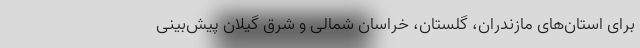
برای استان‌های مازندران، گلستان، خراسان شمالی و شرق گیلان پیش‌بینی